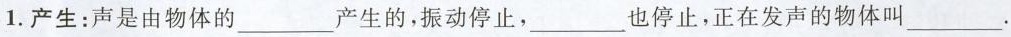
1. 产生：声是由物体的___产生的，振动停止，___也停止，正在发声的物体叫___.